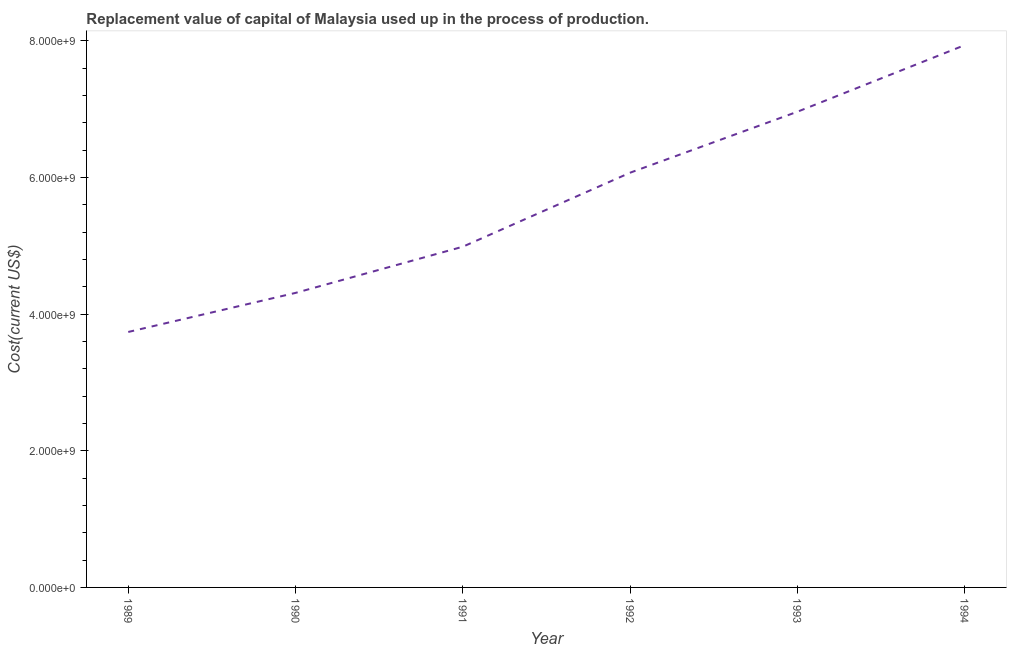
| Year | Consumption of fixed capital |
 | --- | --- |
 | 1989 | 3.74e+09 |
 | 1990 | 4.31e+09 |
 | 1991 | 4.99e+09 |
 | 1992 | 6.07e+09 |
 | 1993 | 6.96e+09 |
 | 1994 | 7.94e+09 |